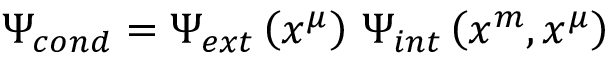
\Psi _ { c o n d } = \Psi _ { e x t } \left( x ^ { \mu } \right) \, \Psi _ { i n t } \left( x ^ { m } , x ^ { \mu } \right)